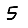
Digit: 5